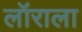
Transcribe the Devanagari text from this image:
लॉराला